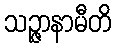
သဉ္ဇာနာမီတိ